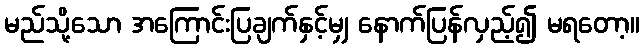
မည်သို့သော အကြောင်းပြချက်နှင့်မျှ နောက်ပြန်လှည့်၍ မရတော့။